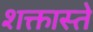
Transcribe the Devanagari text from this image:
शक्तास्ते